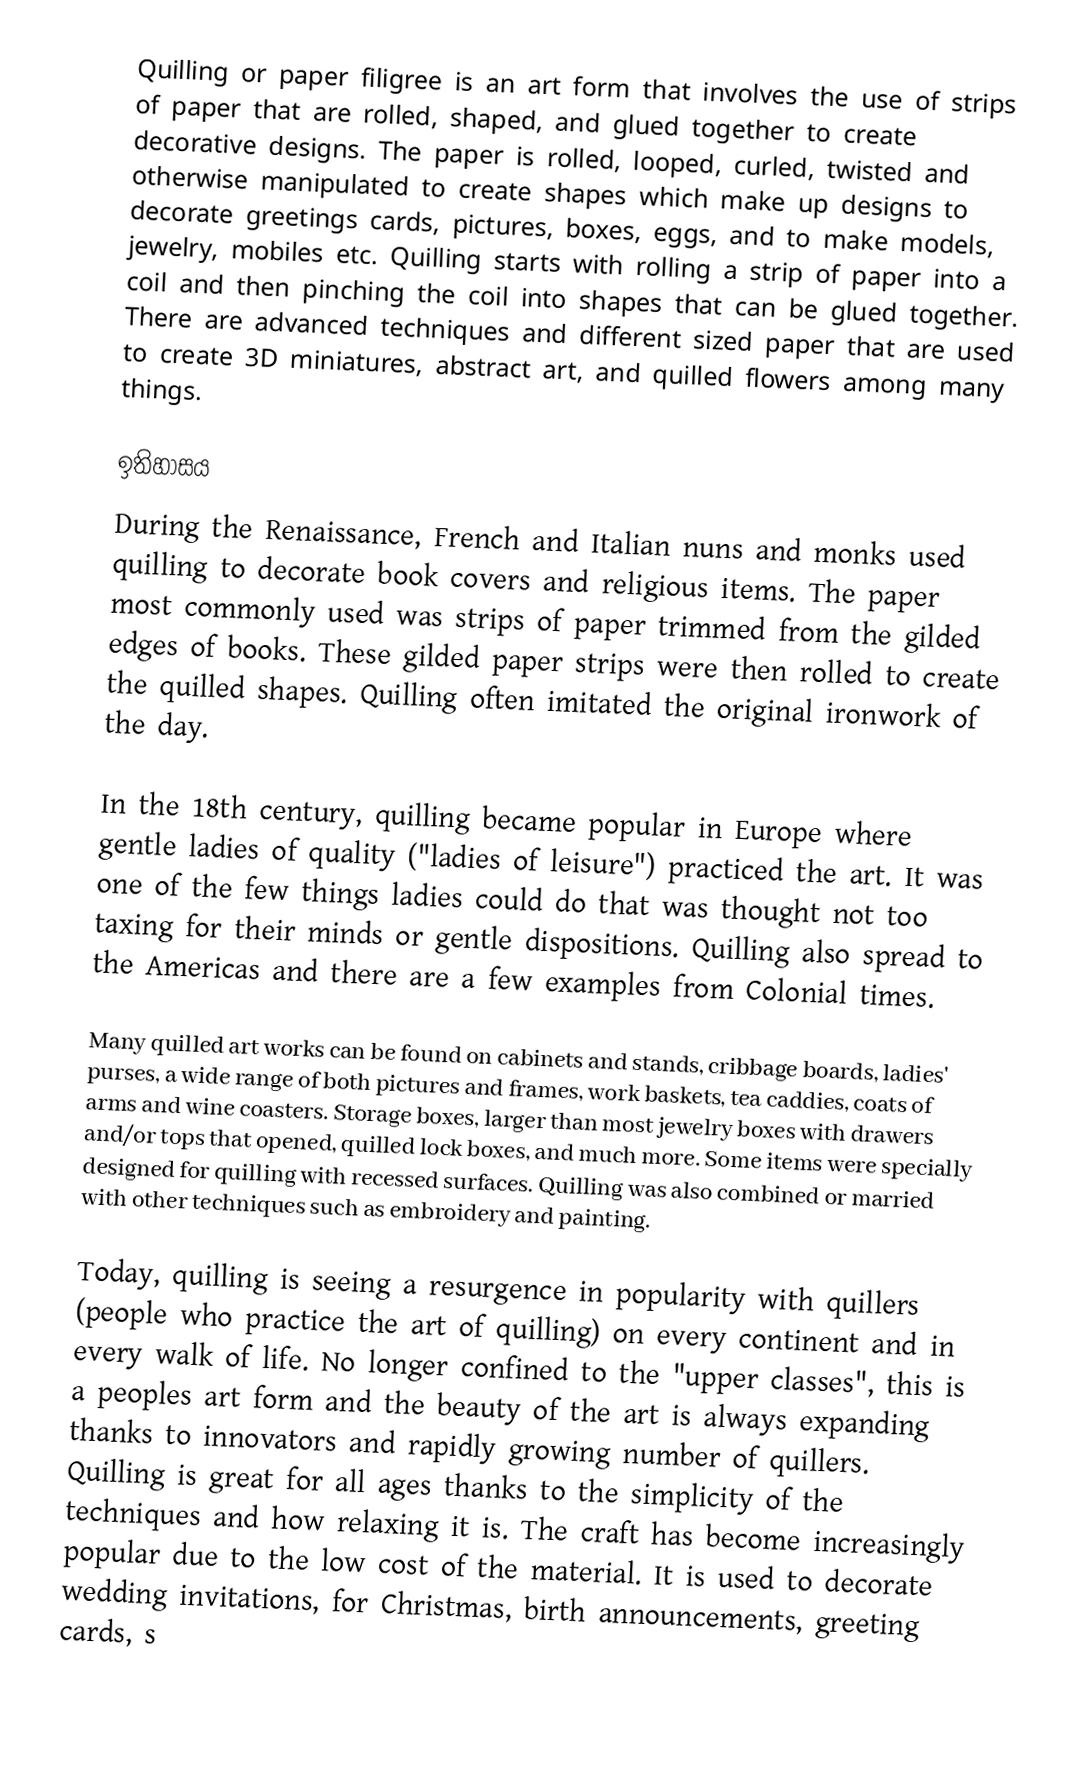
Quilling or paper filigree is an art form that involves the use of strips of paper that are rolled, shaped, and glued together to create decorative designs. The paper is rolled, looped, curled, twisted and otherwise manipulated to create shapes which make up designs to decorate greetings cards, pictures, boxes, eggs, and to make models, jewelry, mobiles etc. Quilling starts with rolling a strip of paper into a coil and then pinching the coil into shapes that can be glued together. There are advanced techniques and different sized paper that are used to create 3D miniatures, abstract art, and quilled flowers among many things.

ඉතිහාසය
During the Renaissance, French and Italian nuns and monks used quilling to decorate book covers and religious items. The paper most commonly used was strips of paper trimmed from the gilded edges of books. These gilded paper strips were then rolled to create the quilled shapes. Quilling often imitated the original ironwork of the day.

In the 18th century, quilling became popular in Europe where gentle ladies of quality ("ladies of leisure") practiced the art. It was one of the few things ladies could do that was thought not too taxing for their minds or gentle dispositions. Quilling also spread to the Americas and there are a few examples from Colonial times.

Many quilled art works can be found on cabinets and stands, cribbage boards, ladies' purses, a wide range of both pictures and frames, work baskets, tea caddies, coats of arms and wine coasters. Storage boxes, larger than most jewelry boxes with drawers and/or tops that opened, quilled lock boxes, and much more. Some items were specially designed for quilling with recessed surfaces. Quilling was also combined or married with other techniques such as embroidery and painting.

Today, quilling is seeing a resurgence in popularity with quillers (people who practice the art of quilling) on every continent and in every walk of life. No longer confined to the "upper classes", this is a peoples art form and the beauty of the art is always expanding thanks to innovators and rapidly growing number of quillers. Quilling is great for all ages thanks to the simplicity of the techniques and how relaxing it is. The craft has become increasingly popular due to the low cost of the material. It is used to decorate wedding invitations, for Christmas, birth announcements, greeting cards, s